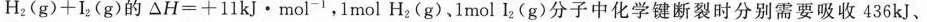
H _ { 2 } ( g ) + I _ { 2 } ( g )$$的$$△ H = + 1 1 k J · m o l ^ { - 1 }$$，1mol H_{2}(g)、1mol I_{2}(g)分子中化学键断裂时分别需要吸收436kJ、